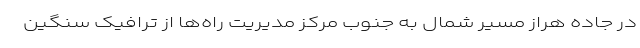
در جاده هراز مسیر شمال به جنوب مرکز مدیریت راه‌ها از ترافیک سنگین